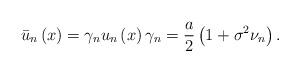
LaTeX: \begin{align*}\bar{u}_{n}\left( x\right) =\gamma _{n}u_{n}\left( x\right) \gamma_{n}=\frac{a}{2}\left( 1+\sigma ^{2}\nu _{n}\right) . \end{align*}